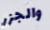
والجزر